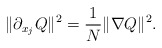
\begin{align*}\| \partial_{x_j} Q \|^2 = \frac{1}{N} \| \nabla Q \|^2. \end{align*}